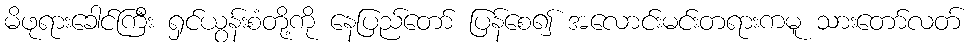
မိဖုရားခေါင်ကြီး ရှင်ယွန်းစံတို့ကို နေပြည်တော် ပြန်စေ၍ အလောင်းမင်းတရားကမူ သားတော်လတ်